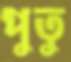
পুতু